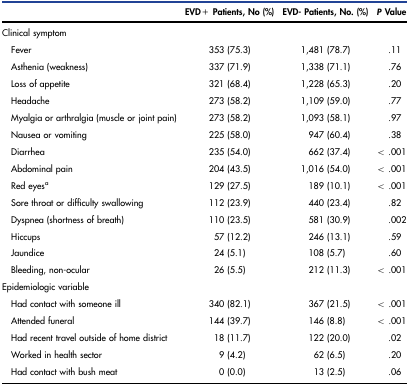
|  | EVD+ Patients, No (%) | EVD- Patients, No. (%) | P Value |
 | --- | --- | --- | --- |
 | Clinical symptom |  |  |  |
 | Fever | 353 (75.3) | 1,481 (78.7) | .11 |
 | Asthenia (weakness) | 337 (71.9) | 1,338 (71.1) | .76 |
 | Loss of appetite | 321 (68.4) | 1,228 (65.3) | .20 |
 | Headache | 273 (58.2) | 1,109 (59.0) | .77 |
 | Myalgia or arthralgia (muscle or joint pain) | 273 (58.2) | 1,093 (58.1) | .97 |
 | Nausea or vomiting | 225 (58.0) | 947 (60.4) | .38 |
 | Diarrhea | 235 (54.0) | 662 (37.4) | < .001 |
 | Abdominal pain | 204 (43.5) | 1,016 (54.0) | < .001 |
 | Red eyesa | 129 (27.5) | 189 (10.1) | < .001 |
 | Sore throat or difficulty swallowing | 112 (23.9) | 440 (23.4) | .82 |
 | Dyspnea (shortness of breath) | 110 (23.5) | 581 (30.9) | .002 |
 | Hiccups | 57 (12.2) | 246 (13.1) | .59 |
 | Jaundice | 24 (5.1) | 108 (5.7) | .60 |
 | Bleeding, non-ocular | 26 (5.5) | 212 (11.3) | < .001 |
 | Epidemiologic variable |  |  |  |
 | Had contact with someone ill | 340 (82.1) | 367 (21.5) | < .001 |
 | Attended funeral | 144 (39.7) | 146 (8.8) | < .001 |
 | Had recent travel outside of home district | 18 (11.7) | 122 (20.0) | .02 |
 | Worked in health sector | 9 (4.2) | 62 (6.5) | .20 |
 | Had contact with bush meat | 0 (0.0) | 13 (2.5) | .06 |